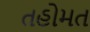
તહોમત